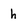
Character: h